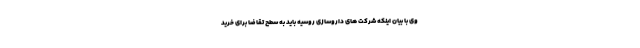
وی با بیان اینکه شرکت های داروسازی روسیه باید به سطح تقاضا برای خرید